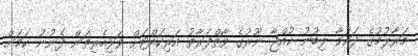
މަރާލުމުގެ ދައުވާ ލިބުނު ކުއްޖާ ނޫރުގެ ވާތްފަރާތު އަރިކައްޓަށް ވަޅިހެރިތަން ފެނުނު ކަމަށް